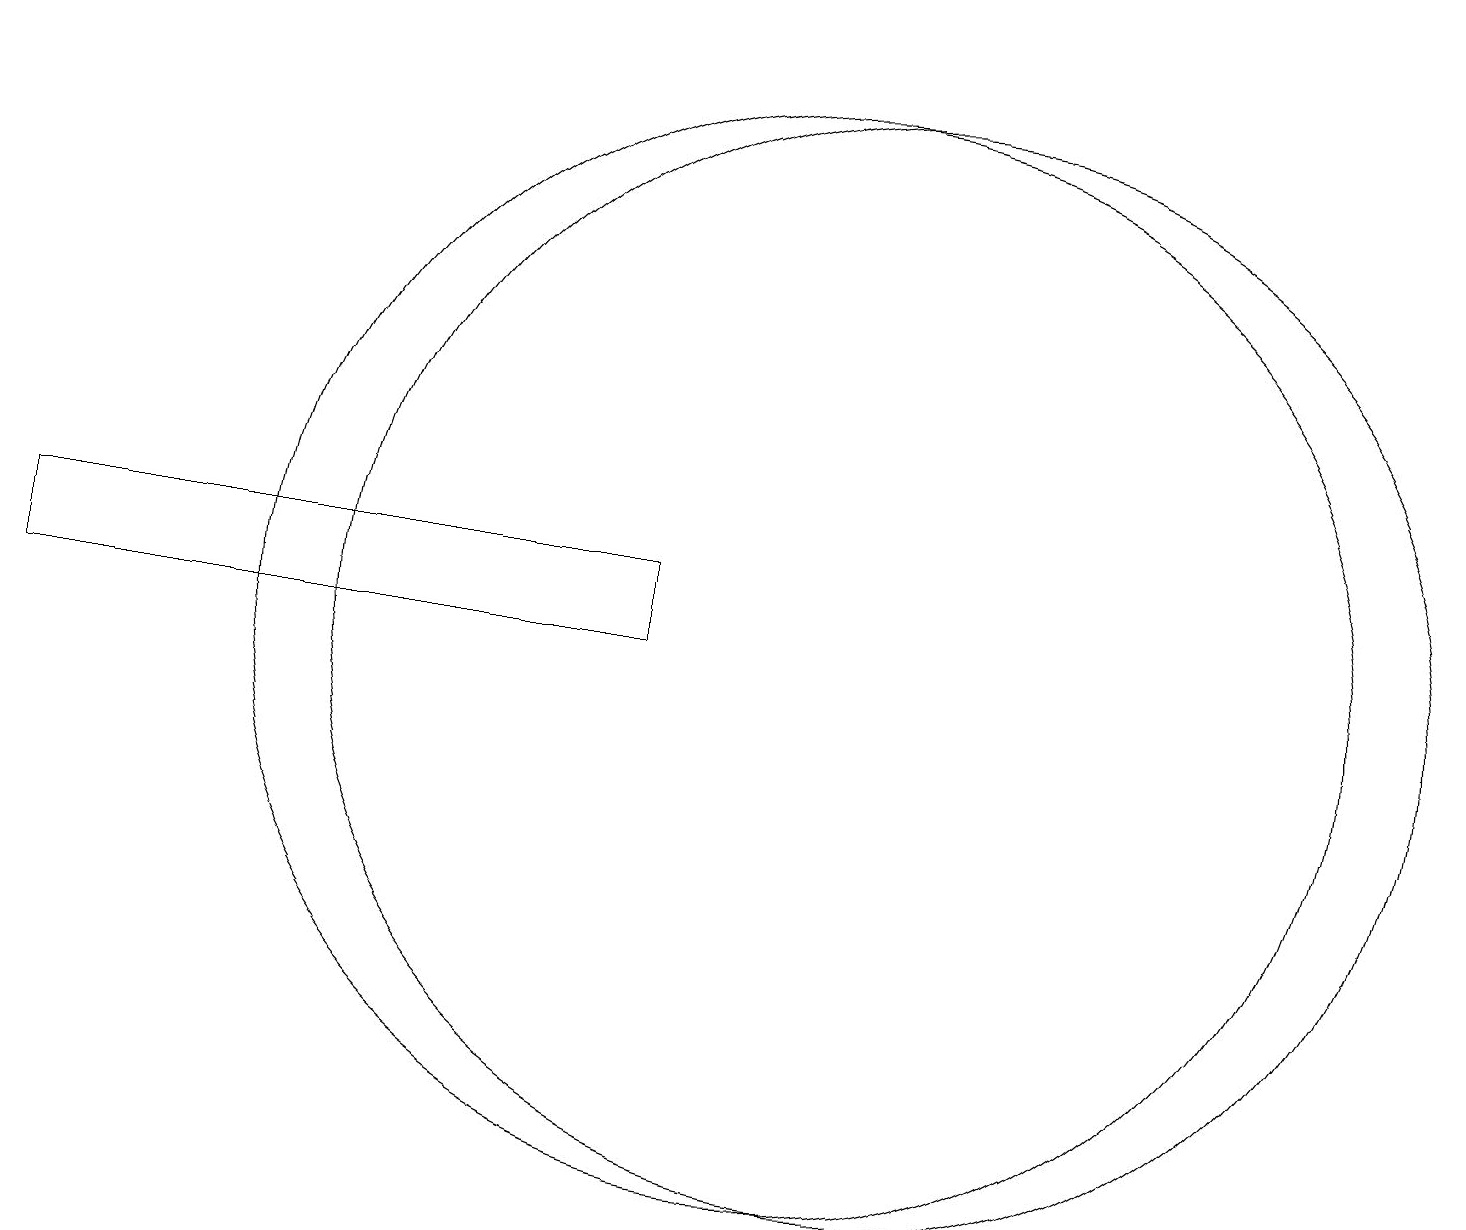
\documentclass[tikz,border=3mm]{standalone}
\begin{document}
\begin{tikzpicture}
\draw (4,19) rectangle (5,19);
\draw (11,11) circle (7);
\draw (12,11) circle (7);
\draw (9,11) rectangle (1,12);
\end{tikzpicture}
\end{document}